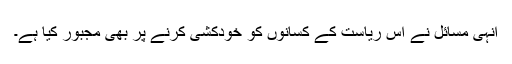
انہی مسائل نے اس ریاست کے کسانوں کو خودکشی کرنے پر بھی مجبور کیا ہے۔